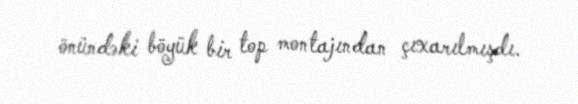
önündəki böyük bir top montajından çıxarılmışdı.